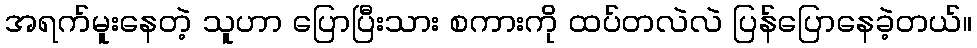
အရက်မူးနေတဲ့ သူဟာ ပြောပြီးသား စကားကို ထပ်တလဲလဲ ပြန်ပြောနေခဲ့တယ်။